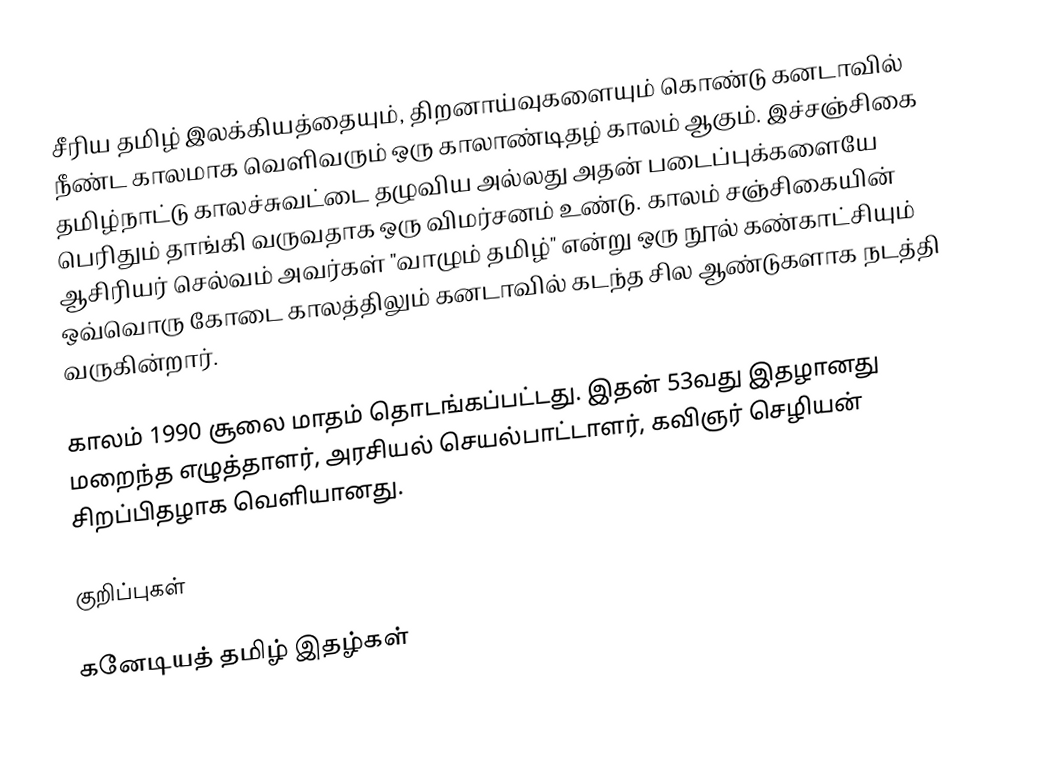
சீரிய தமிழ் இலக்கியத்தையும், திறனாய்வுகளையும் கொண்டு கனடாவில் நீண்ட காலமாக வெளிவரும் ஒரு காலாண்டிதழ் காலம் ஆகும்.  இச்சஞ்சிகை தமிழ்நாட்டு காலச்சுவட்டை தழுவிய அல்லது அதன் படைப்புக்களையே பெரிதும் தாங்கி வருவதாக ஒரு விமர்சனம் உண்டு.  காலம் சஞ்சிகையின் ஆசிரியர் செல்வம் அவர்கள் "வாழும் தமிழ்" என்று ஒரு நூல் கண்காட்சியும் ஒவ்வொரு கோடை காலத்திலும் கனடாவில் கடந்த சில ஆண்டுகளாக நடத்தி வருகின்றார்.

காலம் 1990 சூலை மாதம் தொடங்கப்பட்டது. இதன் 53வது இதழானது மறைந்த எழுத்தாளர், அரசியல் செயல்பாட்டாளர், கவிஞர் செழியன் சிறப்பிதழாக வெளியானது.

குறிப்புகள்

கனேடியத் தமிழ் இதழ்கள்